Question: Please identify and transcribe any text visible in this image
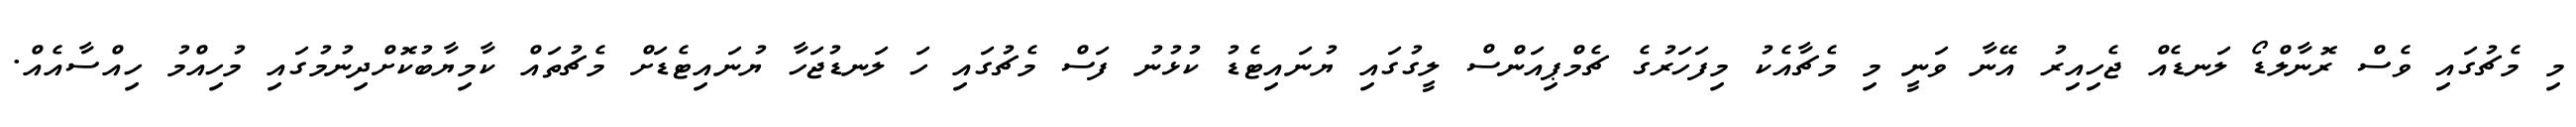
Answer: މި މެޗުގައި ވެސް ރޮނާލްޑޯ ލަނޑެއް ޖެހިއިރު އޭނާ ވަނީ މި މެޗާއެކު މިފަހަރުގެ ޗެމްޕިއަންސް ލީގުގައި ޔުނައިޓެޑު ކުޅުނު ފަސް މެޗުގައި ހަ ލަނޑުޖަހާ ޔުނައިޓެޑަށް މެޗުތައް ކާމިޔާބުކޮށްދިނުމުގައި މުހިއްމު ހިއްސާއެއް.